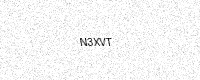
Text: N3XVT